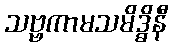
သဗ္ဗကာမသမိဒ္ဓိနီ